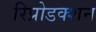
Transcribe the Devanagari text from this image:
रिप्रोडक्शन